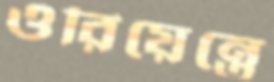
ওরিয়েন্তে